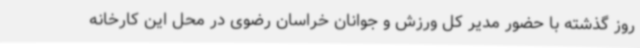
روز گذشته با حضور مدیر کل ورزش و جوانان خراسان رضوی در محل این کارخانه